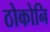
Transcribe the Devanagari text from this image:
ठोकोनि